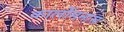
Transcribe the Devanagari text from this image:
कार्लोमनास